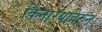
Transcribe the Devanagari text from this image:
किनार्‍यावरुन